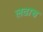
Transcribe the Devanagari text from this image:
लढाच